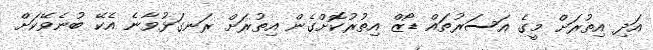
އަދި އިތުރަށް މީގެ އަސަރުތައް ޑޯޒް އިތުރުކޮށްގެން އިތުރަށް ރަނގަޅުވާނެ އެކޭ ބުނެވޭކަށް